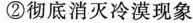
②彻底消灭冷漠现象